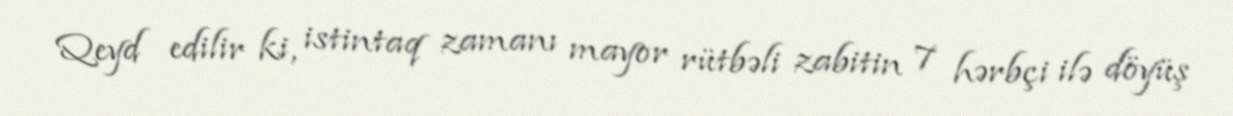
Qeyd edilir ki, istintaq zamanı mayor rütbəli zabitin 7 hərbçi ilə döyüş